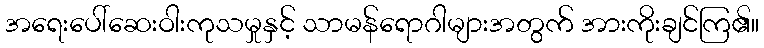
အရေးပေါ်ဆေးဝါးကုသမှုနှင့် သာမန်ရောဂါများအတွက် အားကိုးချင်ကြ၏။